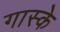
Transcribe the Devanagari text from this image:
गास्के